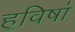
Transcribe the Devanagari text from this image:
ह॒विषा॑